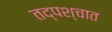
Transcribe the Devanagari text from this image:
तद्पश्चात